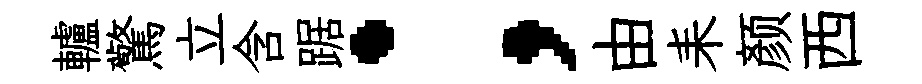
轤驚立含踞；由耒颜西